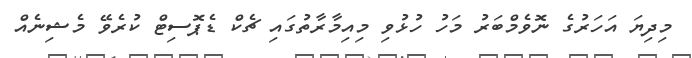
މިދިޔަ އަހަރުގެ ނޮވެމްބަރު މަހު ހުޅުވި މިއިމާރާތުގައި ޗެކް ޑެޕޮސިޓް ކުރެވޭ މެޝިނެއް